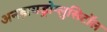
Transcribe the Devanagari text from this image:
अनहायड्रोग्लुसिटॉल